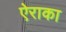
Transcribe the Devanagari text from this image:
ऐराका